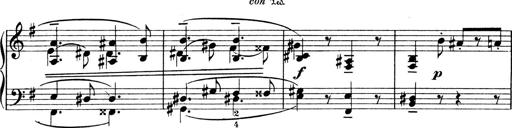
Title: 4 Sonatines
Composer: Max Reger